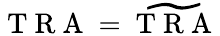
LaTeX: \mathrm{~T~R~A~}=\widetilde{\mathrm{~T~R~A~}}